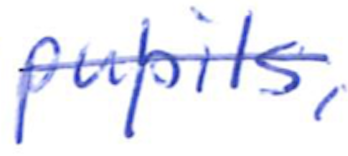
Text: pupils,
Cross-out: single-line
Writing tool: ballpoint